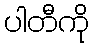
ပါတီကို